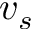
v _ { s }